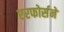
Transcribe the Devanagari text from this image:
एरफोर्सने